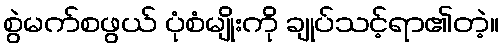
စွဲမက်စဖွယ် ပုံစံမျိုးကို ချုပ်သင့်ရာ၏တဲ့။